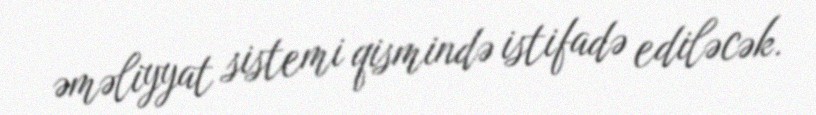
əməliyyat sistemi qismində istifadə ediləcək.